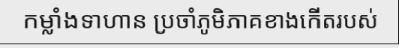
កម្លាំងទាហាន ប្រចាំភូមិភាគខាងកើតរបស់